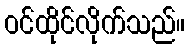
ဝင်ထိုင်လိုက်သည်။